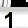
Digit: 1